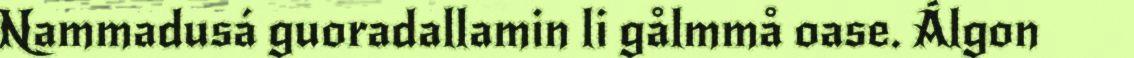
Nammadusá guoradallamin li gålmmå oase. Álgon